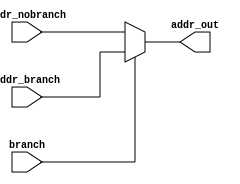
module MUX_PC(branch , addr_branch , addr_nobranch , addr_out);
input branch;
input [31:0] addr_branch , addr_nobranch;
output [31:0] addr_out;
assign addr_out = branch? addr_branch : addr_nobranch;
endmodule